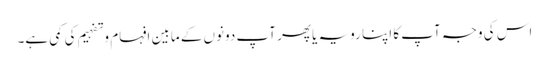
اس کی وجہ آپ کا اپنا رویہ یا پھر آپ دونوں کے مابین افہام و تفہیم کی کمی ہے۔